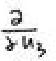
$\frac{\partial}{\partial u_{5}}$